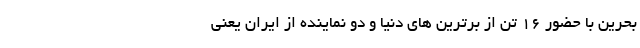
بحرین با حضور 16 تن از برترین های دنیا و دو نماینده از ایران یعنی